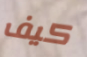
كيف